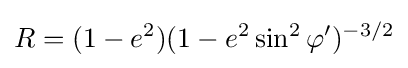
R=(1-e^{2})(1-e^{2}\sin ^{2}\varphi ')^{-3/2}